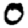
Digit: 0